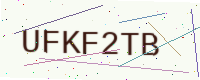
Text: UFKF2TB